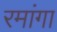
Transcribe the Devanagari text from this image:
रमांगा